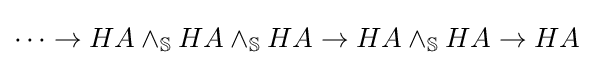
\cdots \to HA\wedge _{\mathbb {S} }HA\wedge _{\mathbb {S} }HA\to HA\wedge _{\mathbb {S} }HA\to HA